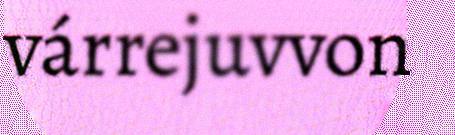
várrejuvvon